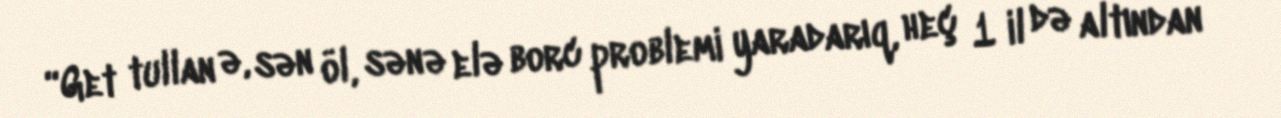
“Get tullan ə, sən öl, sənə elə borc problemi yaradarıq, heç 1 il də altından